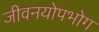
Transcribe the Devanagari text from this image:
जीवनयोपभोग